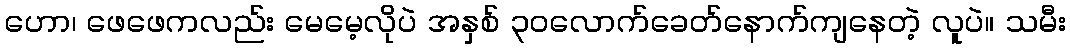
ဟော၊ ဖေဖေကလည်း မေမေ့လိုပဲ အနှစ် ၃၀လောက်ခေတ်နောက်ကျနေတဲ့ လူပဲ။ သမီး